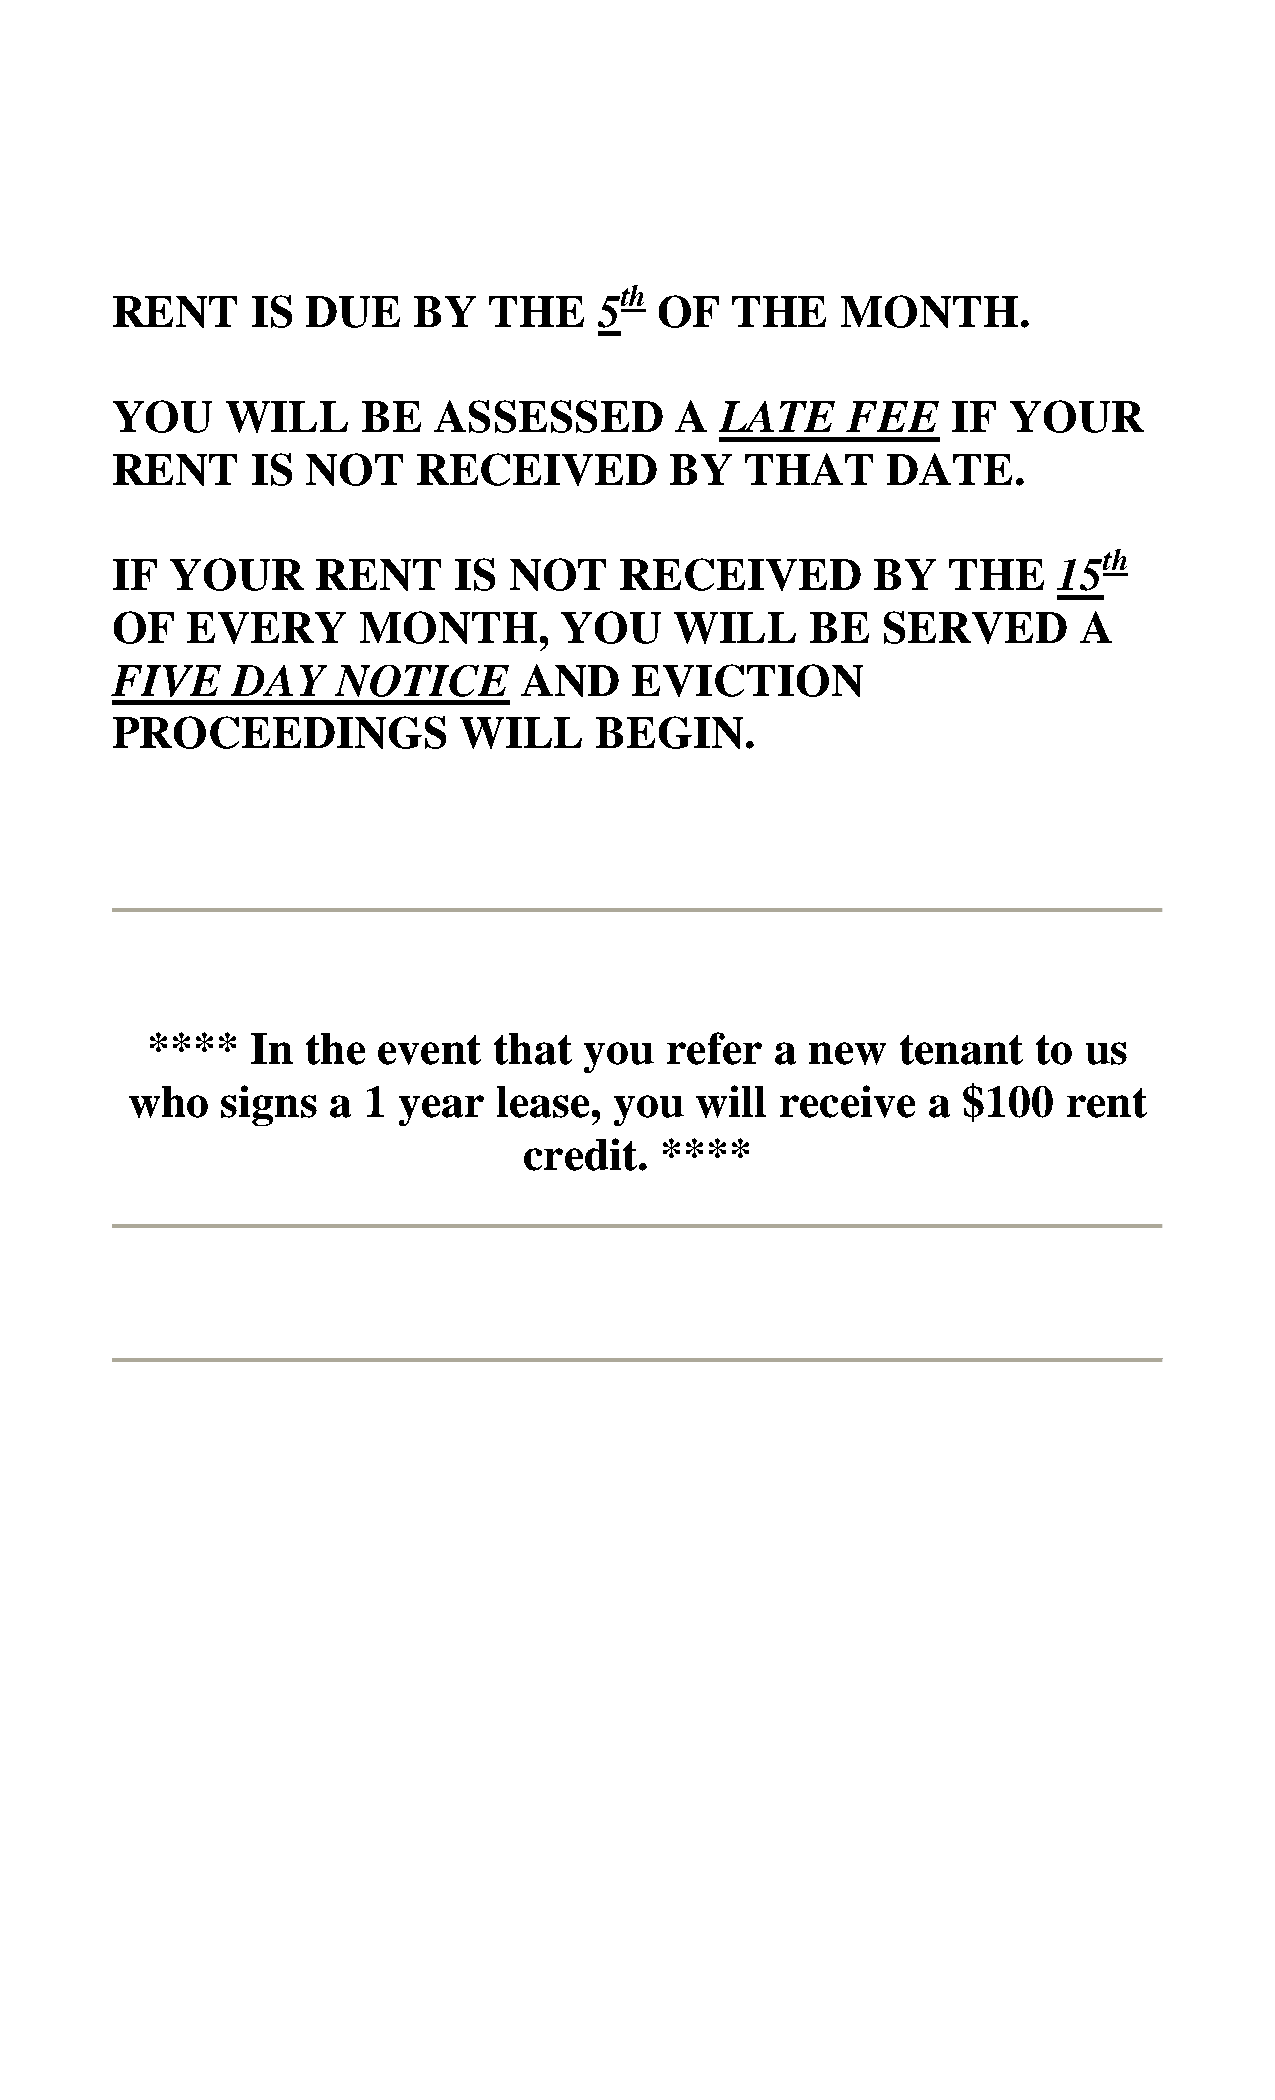
th
 RENT      IS DUE    BY   THE     5   OF  THE     MONTH.
 YOU     WILL     BE   ASSESSED        A  LATE    FEE    IF  YOUR
 RENT      IS NOT     RECEIVED        BY   THAT      DATE.
 th
 IF  YOUR      RENT     IS  NOT    RECEIVED         BY   THE    15
 OF   EVERY       MONTH,       YOU     WILL     BE  SERVED        A
 FIVE    DAY    NOTICE       AND    EVICTION
 PROCEEDINGS            WILL     BEGIN.
 ****   In the  event   that  you  refer  a  new   tenant   to us
 who    signs  a 1 year   lease,  you  will  receive  a  $100   rent
 credit.  ****